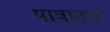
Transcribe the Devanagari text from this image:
पात्रातच